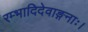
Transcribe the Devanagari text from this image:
रम्भादिदेवाङ्गनाः।